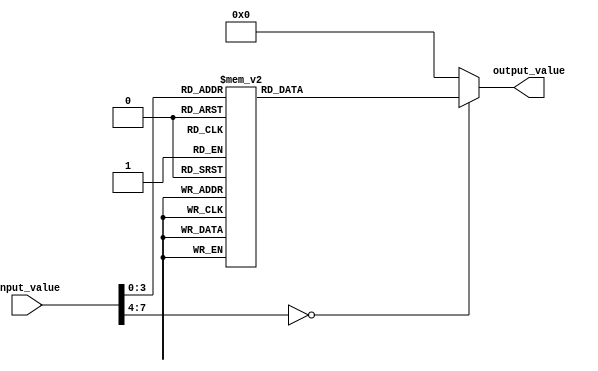
module lives_display (
    input [7:0] input_value,
    output reg [7:0] output_value
);
  
  always @(*) begin
    case (input_value)
      1: output_value = 8'b00000001;
      2: output_value = 8'b00000001;
      3: output_value = 8'b00000011;
      4: output_value = 8'b00000011;
      5: output_value = 8'b00000111;
      6: output_value = 8'b00000111;
      7: output_value = 8'b01111111;
      8: output_value = 8'b11111111;
      // Add more cases as needed
      default: output_value = 8'b00000000;
    endcase
  end

endmodule